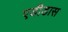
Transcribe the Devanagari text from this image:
एडीडास